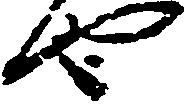
也